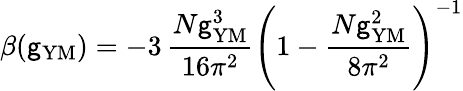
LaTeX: \beta(\mathsf{g}_{\mathrm{{YM}}})=-3\, \frac{{N\mathsf{g}_{\mathrm{{YM}}}^{3}}}{{16\pi^{2}}}\left(1-\frac{{N\mathsf{g}_{\mathrm{{YM}}}^{2}}}{{8\pi^{2}}}\right)^{-1}